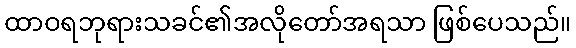
ထာဝရဘုရားသခင်၏အလိုတော်အရသာ ဖြစ်ပေသည်။